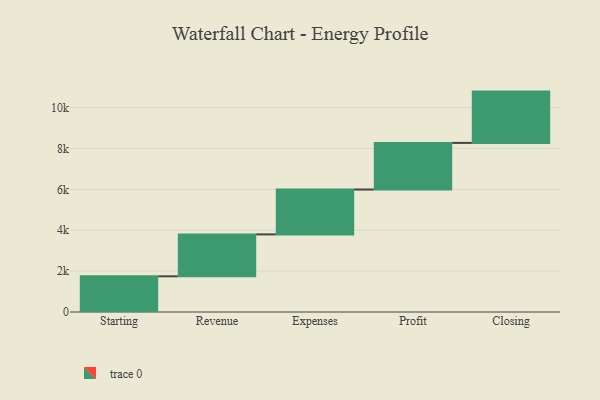
{"axis": {"x": "Step", "y": "Value"}, "legend": [""], "data": [{"x": "Starting", "y": 1746.0, "type": ""}, {"x": "Revenue", "y": 2051.0, "type": ""}, {"x": "Expenses", "y": 2195.0, "type": ""}, {"x": "Profit", "y": 2281.0, "type": ""}, {"x": "Closing", "y": 2510.0, "type": ""}]}